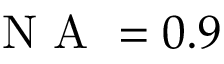
\textrm { N A } = 0 . 9